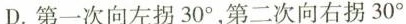
D.第一次向左拐30^{\circ}，第二次向右拐30^{\circ}